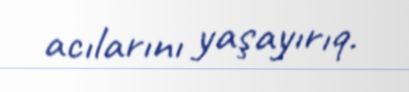
acılarını yaşayırıq.